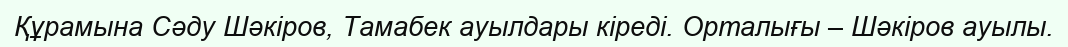
Құрамына Сәду Шәкіров, Тамабек ауылдары кіреді. Орталығы – Шәкіров ауылы.